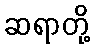
ဆရာတို့